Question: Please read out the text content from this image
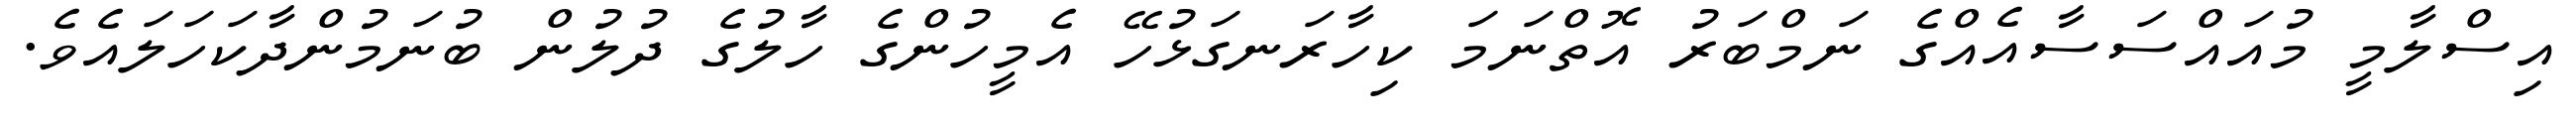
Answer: އިސްލާމީ މުއައްސަސާއެއްގެ ނަމްބަރު އޮތްނަމަ ކިހާރަނގަޅުހޭ އެމީހުންގެ ހާލުގެ ދުލުން ބުނަމުންދާކަހަލައެވެ.